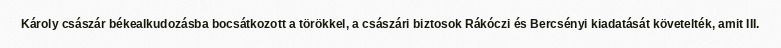
Károly császár békealkudozásba bocsátkozott a törökkel, a császári biztosok Rákóczi és Bercsényi kiadatását követelték, amit III.